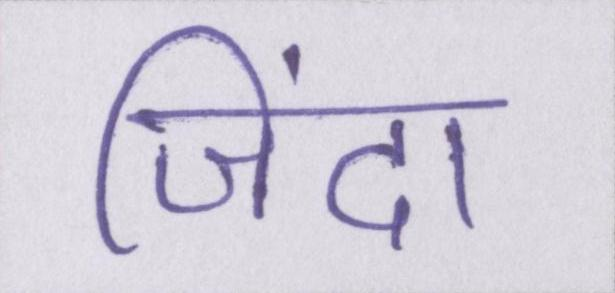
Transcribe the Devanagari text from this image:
जिंदा